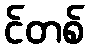
င်တစ်